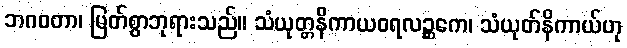
ဘဂဝတာ၊ မြတ်စွာဘုရားသည်။ သံယုတ္တနိကာယဝရလဉ္ဆကေ၊ သံယုတ်နိကာယ်ဟု